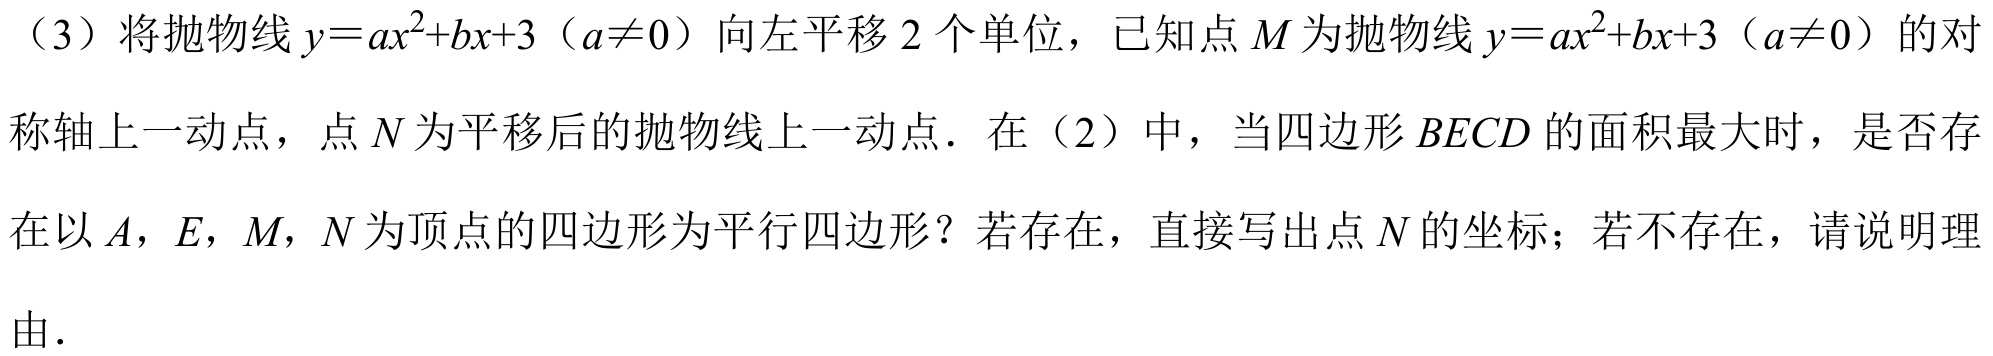
（3）将抛物线\(y = ax^{2}+bx + 3\)（\(a\neq0\)）向左平移\(2\)个单位，已知点\(M\)为抛物线\(y = ax^{2}+bx + 3\)（\(a\neq0\)）的对称轴上一动点，点\(N\)为平移后的抛物线上一动点．在（2）中，当四边形\(BECD\)的面积最大时，是否存在以\(A\)，\(E\)，\(M\)，\(N\)为顶点的四边形为平行四边形？若存在，直接写出点\(N\)的坐标；若不存在，请说明理由．